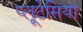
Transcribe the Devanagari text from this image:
प्लूटेसिया